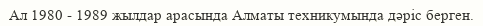
Ал 1980 - 1989 жылдар арасында Алматы техникумында дәріс берген.